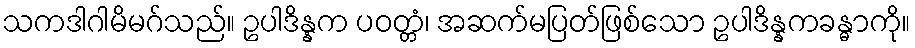
သကဒါဂါမိမဂ်သည်။ ဥပါဒိန္နက ပဝတ္တံ၊ အဆက်မပြတ်ဖြစ်သော ဥပါဒိန္နကခန္ဓာကို။